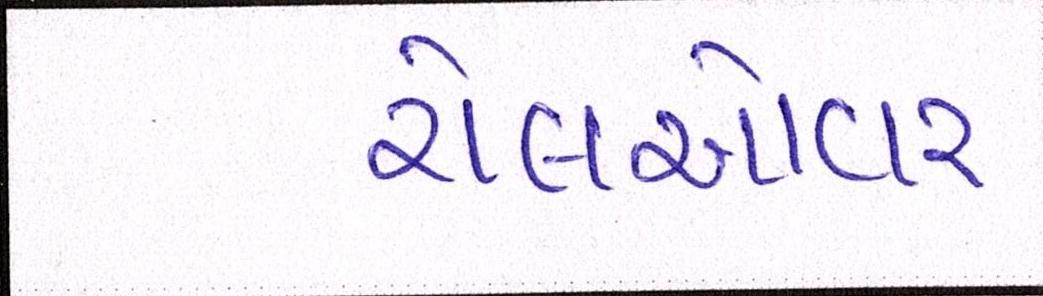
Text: રોલઓવર